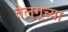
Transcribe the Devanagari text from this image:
तेलुगूच्या